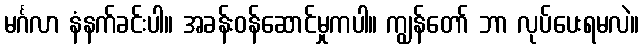
မင်္ဂလာ နံနက်ခင်းပါ။ အခန်းဝန်ဆောင်မှုကပါ။ ကျွန်တော် ဘာ လုပ်ပေးရမလဲ။